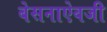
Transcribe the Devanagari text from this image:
बेसनाऐवजी